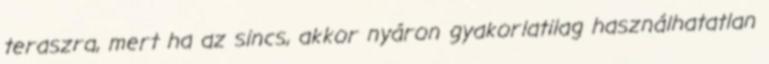
teraszra, mert ha az sincs, akkor nyáron gyakorlatilag használhatatlan